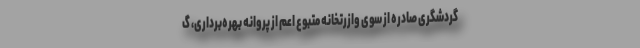
گردشگری صادره از سوی وازرتخانه متبوع اعم از پروانه بهره‌برداری، گ